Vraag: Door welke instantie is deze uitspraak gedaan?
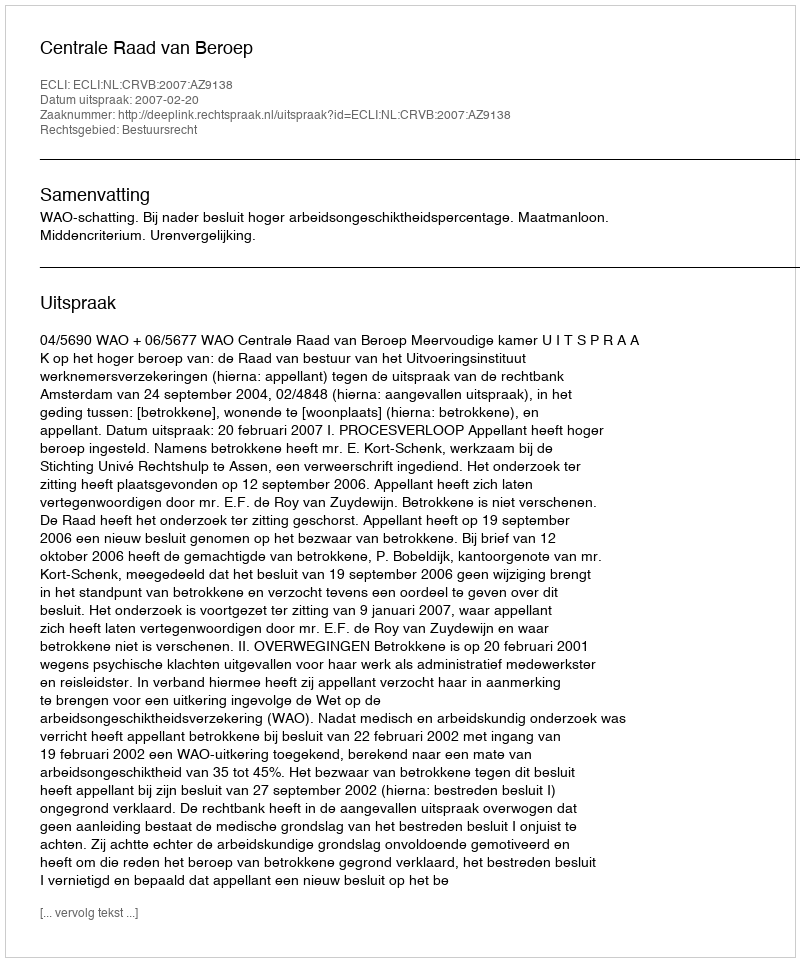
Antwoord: Centrale Raad van Beroep